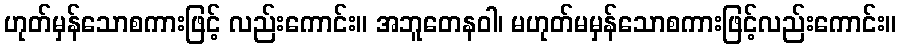
ဟုတ်မှန်သောစကားဖြင့် လည်းကောင်း။ အဘူတေနဝါ၊ မဟုတ်မမှန်သောစကားဖြင့်လည်းကောင်း။